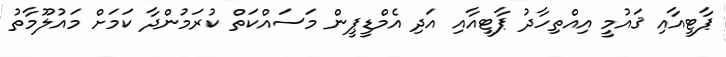
ޕާޓީއާއި ޤައުމީ އިއްތިހާދު ޕާޓީއާއި އަދި އެމްޑީޕީން މަސައްކަތް ކުރަމުންދާ ކަމަށް މައުލޫމާތު